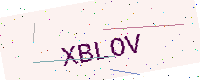
Text: XBLOV